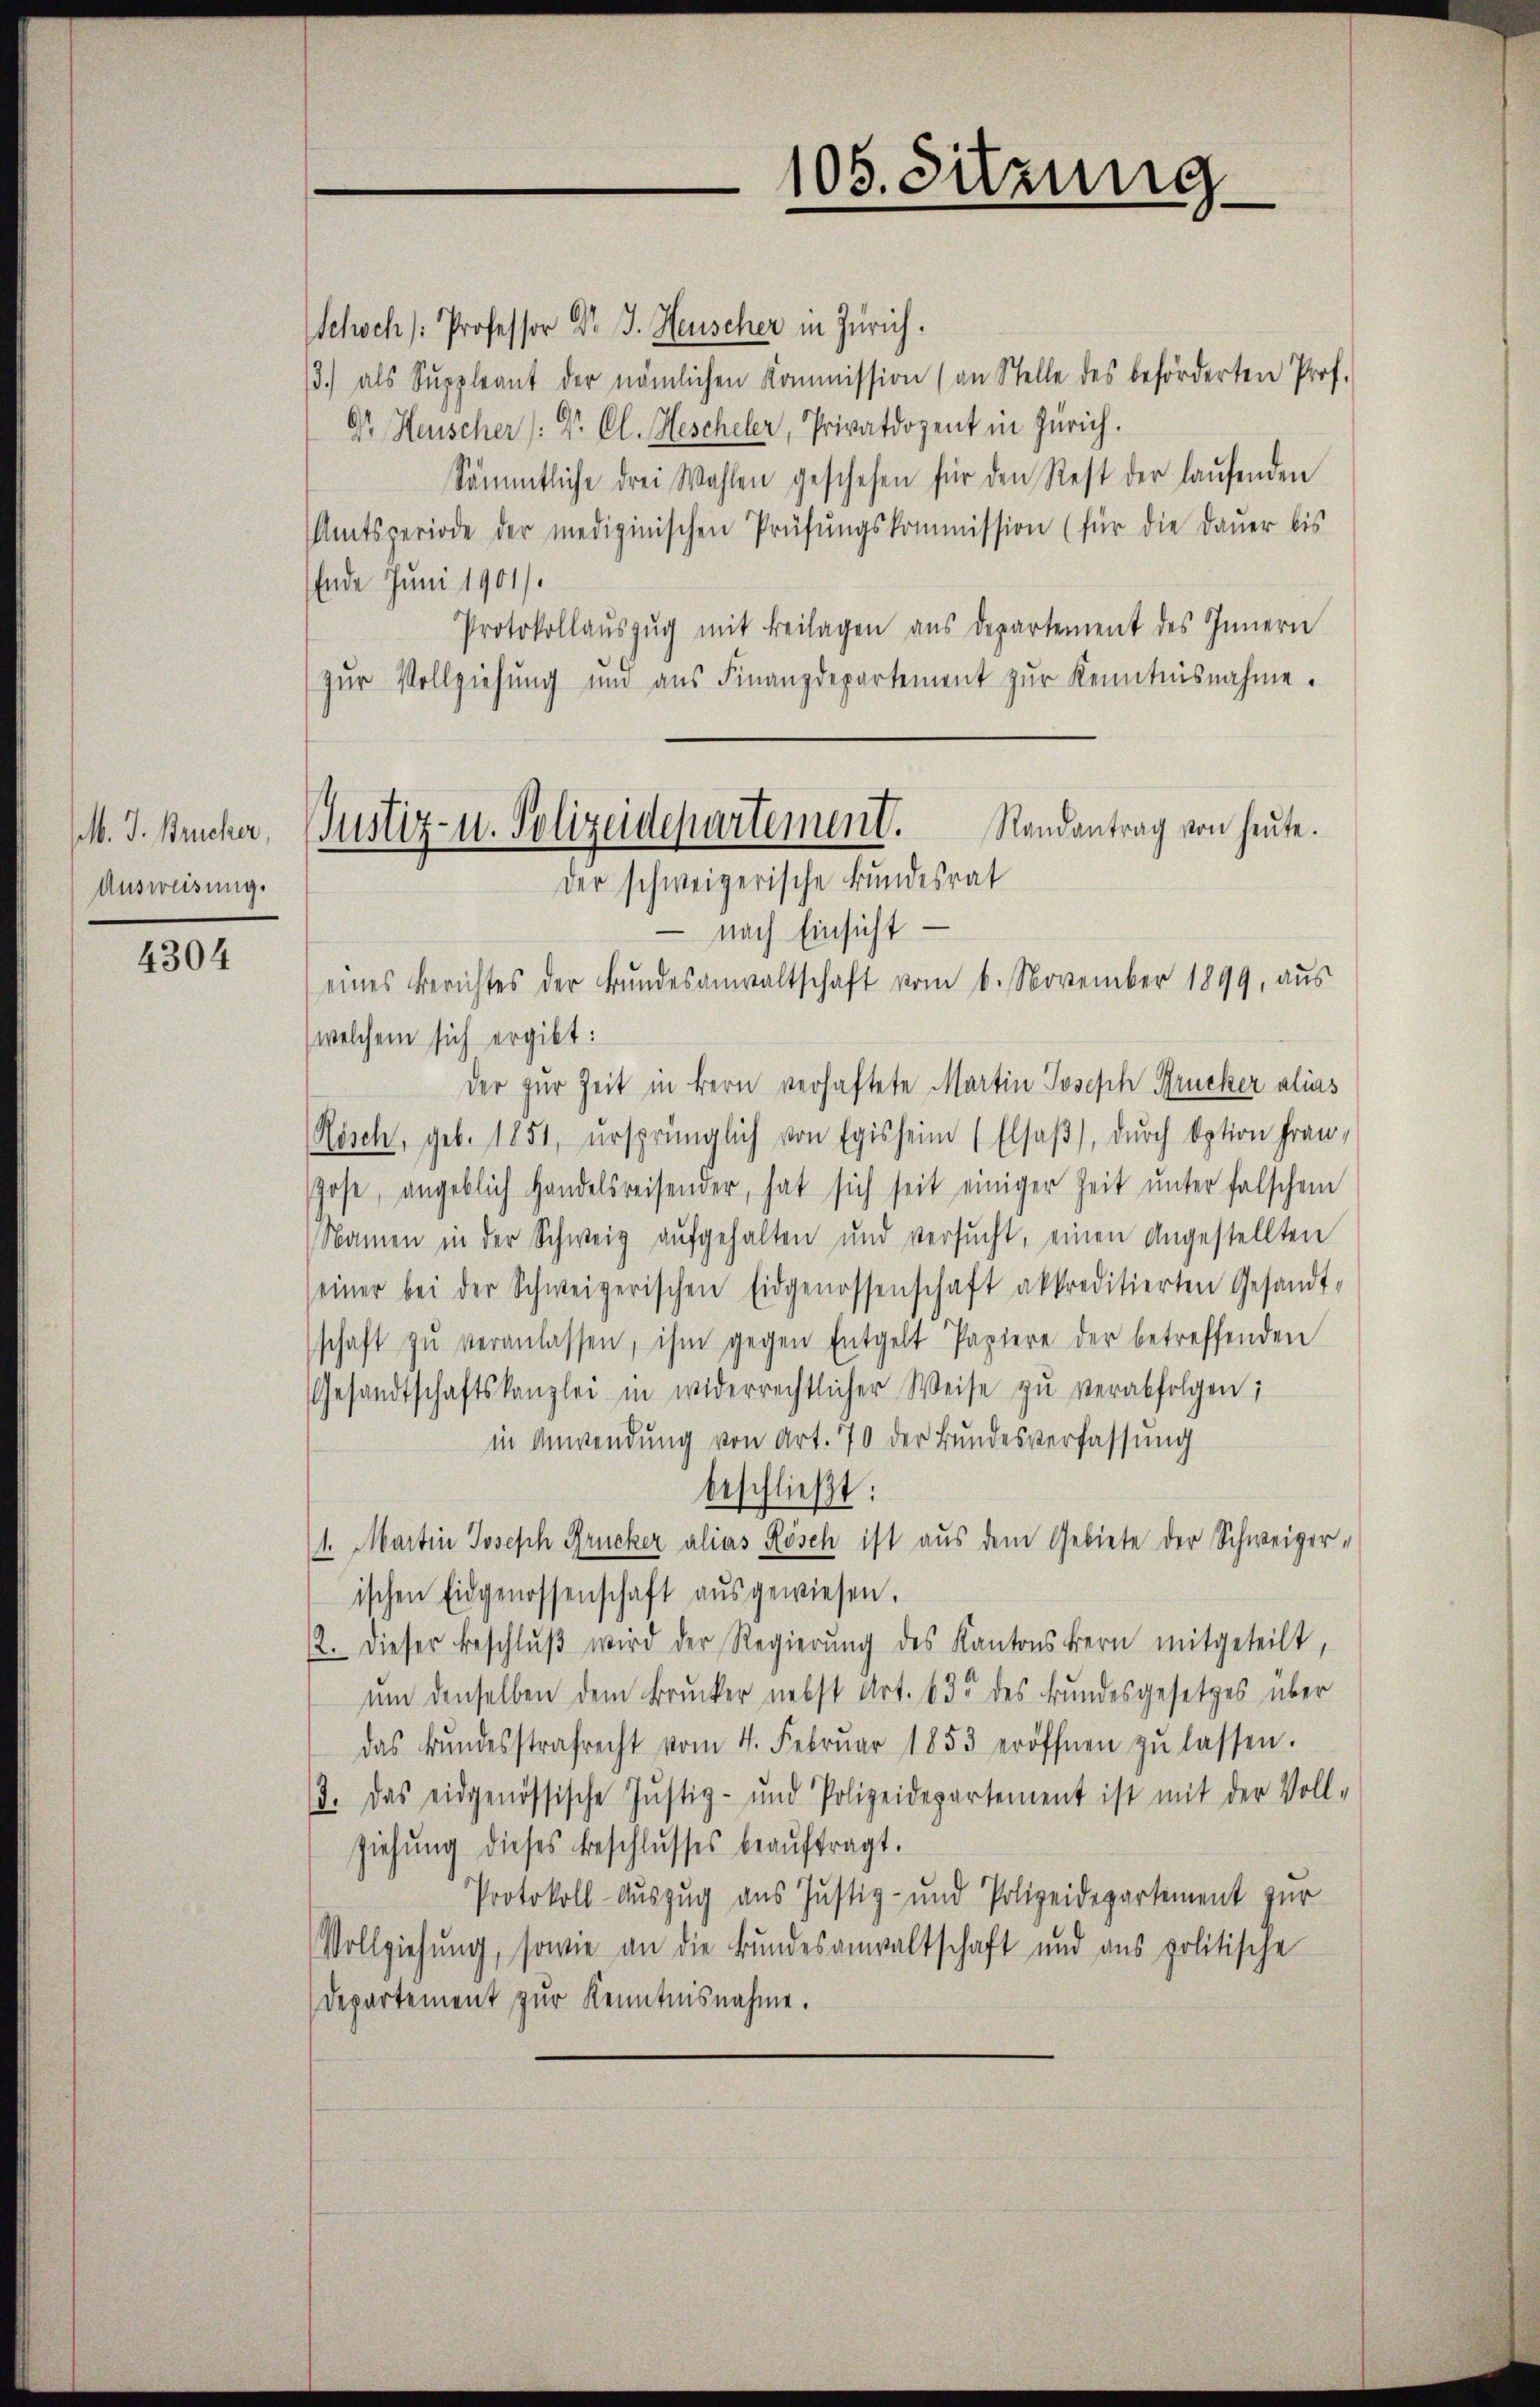
M. J. Brucker,
Ausweisung.

4304

105. Sitzung

Randantrag von heute.
Justiz- u. Polizeidepartement.
der schweizerische Bundesrat

choch Professor Dr. J. Heuscher in Zürich.
3.) als Suppleant der nämlichen Kommission (an Stelle des beförderten Prof.
Dr. Heuscher (: Dr. Cl. Hescheler, Privatdozent in Zürich.
Sämmtliche drei Wahlen geschehen für den Rest der laŭfenden
Amtsperiode der medizinischen Prüfŭngskommission (für die Daŭer bis
Ende Juni 1901/
Protokollaŭszŭg mit Beilagen aŭs departement des Innern
zŭr Vollziehung um aus Finanzdepartement zŭr Kenntnisnahme.
 nach Einsicht —
eines Berichtes der Bŭndesanwaltschaft vom 6. November 1899 aŭs
welchem sich ergibt:
der zur Zeit in Bern verhaftete Martin Joseph Brucker alias
Rösch, geb. 1851, ursprünglich von Egisheim (Elsaß, durch Option Frau,
hose, angeblich Handelsreisender, hat sich seit einiger Zeit ŭnter falschem
Namen in der Schweiz aufgehalten und versucht, einen Angestellten
seiner bei der Schweizerischen Eidgenossenschaft akkreditierten Gesandt-
schaft zŭ veranlassen, ihm gegen Entgelt Papiere der betreffenden
Gesandtschaftskanzlei in widerrechtlicher Weise zŭ verabfolgen;
in Anwendung von Art. 70 der Bundesverfassung
beschließt:
1. Martin Joseph Brucker alias Rösch ist aus dem Gebiete der Schweizer-
ischen Eidgenossenschaft aŭsgewiesen.
2. Dieser Beschlŭβ wird der Regierŭng des Kantonskern mitgeteilt,
ŭm denselben dem Brucker nebst Art. 635 des Bundesgesetzes über
das Bŭndesstrafrecht vom 4. Febrŭar 1853 eröffnen zŭ lassen.
J. Das eidgenössische Justiz- und Polizeidepartement ist mit der Voll-
ziehŭng dieses Beschlusses beaŭftragt.
Protokoll-Auszug aus Justiz- und Polizeidepartement zur
Vollziehung, sowie an die Bundesanwaltschaft und ans politische
Departement zur Kenntnisnahme.